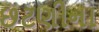
છટણીના